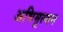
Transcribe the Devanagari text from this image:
अभिमूल्यन